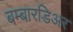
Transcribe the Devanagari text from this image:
बम्बारडिअर